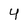
Character: 4